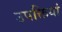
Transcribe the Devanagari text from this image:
उपक्तियां